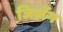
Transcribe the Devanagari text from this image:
जि़शेंग